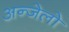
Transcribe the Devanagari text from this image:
अन्जेलो